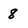
Character: 8